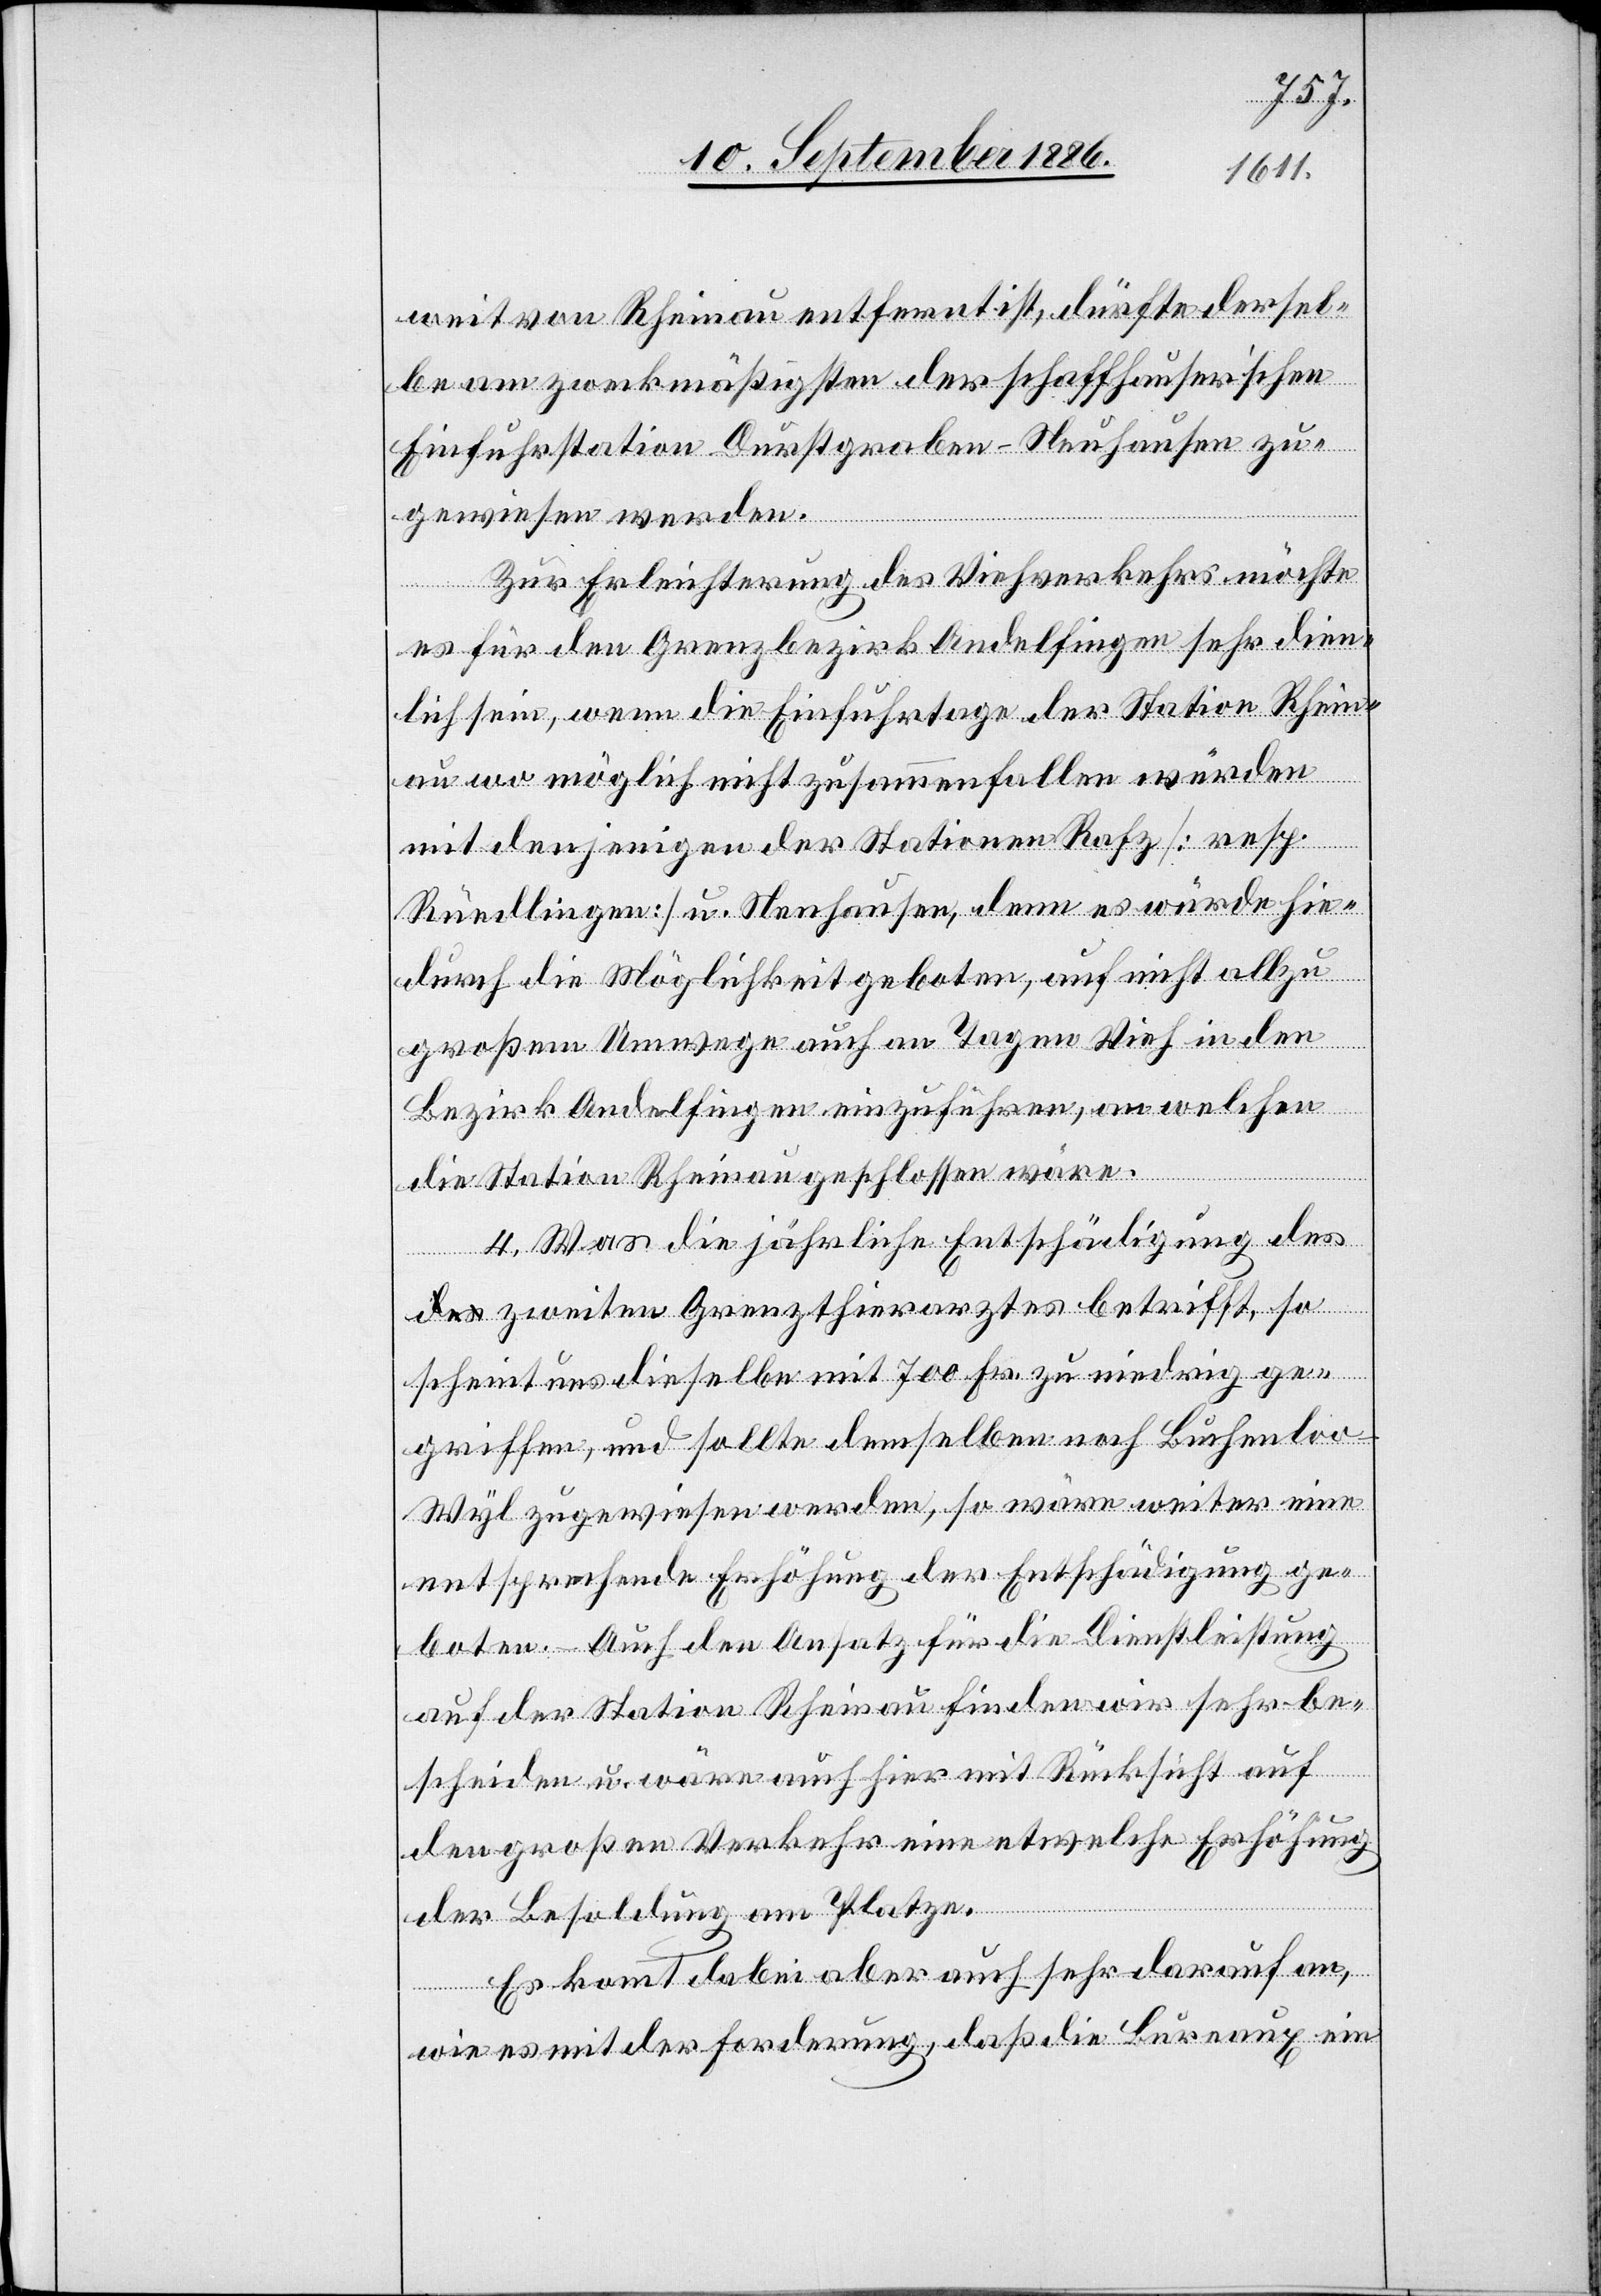
weit von Rheinau entfernt ist, dürfte dersel¬
be am zweckmäßigsten der schaffhauserischen
Einfuhrstation Durstgraben-Neuhausen zu¬
gewiesen werden.
Zur Erleichterung des Viehverkehrs möchte
es für den Grenzbezirk Andelfingen sehr dien¬
lich sein, wenn die Einfuhrtage der Station Rhein¬
au wo möglich nicht zusammenfallen würden
mit denjenigen der Stationen Rafz [resp.
Rüedlingen] u. Neuhausen, denn es würde hie¬
durch die Möglichkeit geboten, auf nicht allzu
großem Umwege auch an Tagen Vieh in den
Bezirk Andelfingen einzuführen, an welchen
die Station Rheinau geschlossen wäre.
4. Was die jährliche Entschädigung
des zweiten Grenzthierarztes betrifft, so
scheint uns dieselbe mit 700 Fr. zu niedrig ge¬
griffen, und sollte demselben noch Buchenloo-W¬
yl zugewiesen werden, wo wäre weiter eine
entsprechende Erhöhung der Entschädigung ge¬
boten. – Auch den Ansatz für die Dienstleistung
auf der Station Rheinau finden wir sehr be¬
scheiden u. wäre auch hier mit Rücksicht auf
den großen Verkehr eine etwelche Erhöhung
der Besoldung am Platze.
Es kommt dabei aber auch sehr darauf an,
wie es mit der Forderung, daß die Bureaux ein